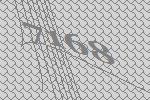
7168